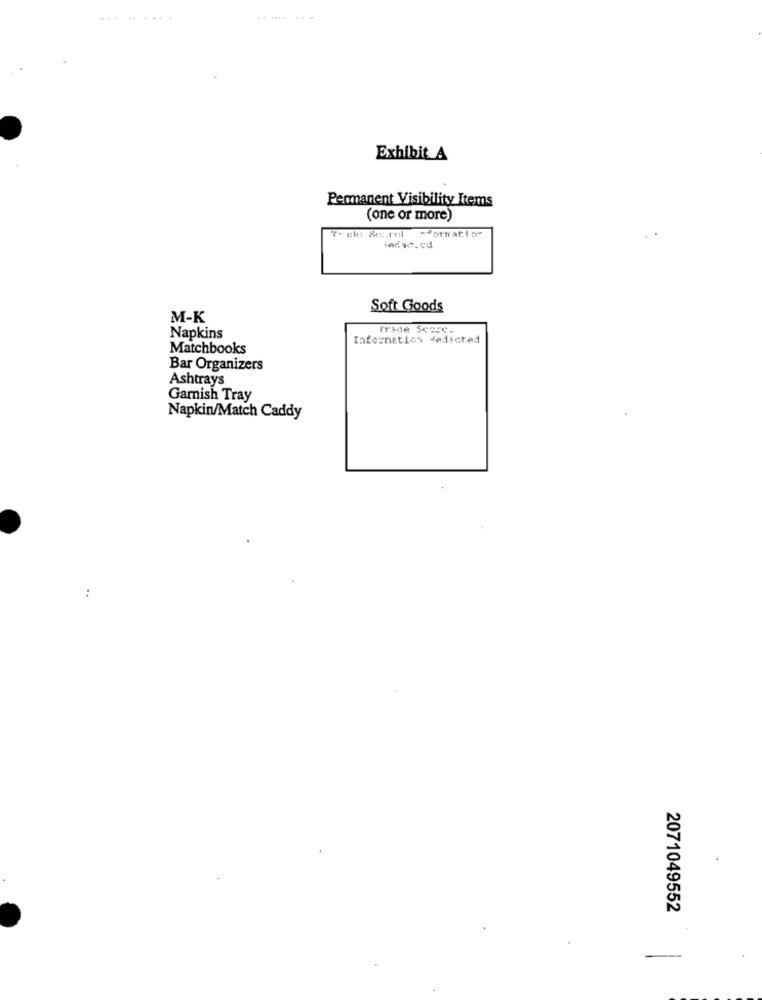
........
.. .... ...
Exhibit A
Permanent Visibility Items
(one or more)
lecat.cd
Soft Goods
M-K
Trade Score.
Napkins
Information dedicted
Matchbooks
Bar Organizers
Ashtrays
Garnish Tray
Napkin/Match Caddy
2071049552
-